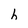
Character: h